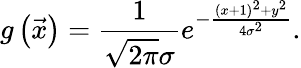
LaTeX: g\left(\vec{x}\right)=\frac{1}{\sqrt{2\pi}\sigma}e^{-\frac{\left(x+1\right)^{2}+y^{2}}{4\sigma^{2}}}.